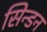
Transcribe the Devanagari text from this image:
सिन्डन